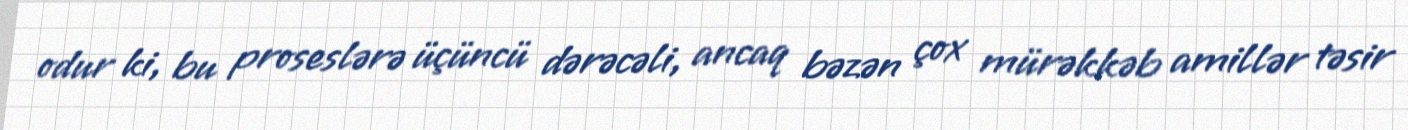
odur ki, bu proseslərə üçüncü dərəcəli, ancaq bəzən çox mürəkkəb amillər təsir